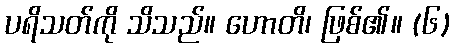
ပရိသတ်ကို သိသည်။ ဟောတိ၊ ဖြစ်၏။ (၆)